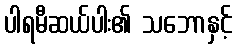
ပါရမီဆယ်ပါး၏ သဘောနှင့်